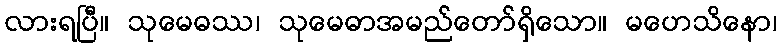
လားရပြီ။ သုမေဓဿ၊ သုမေဓာအမည်တော်ရှိသော။ မဟေသိနော၊